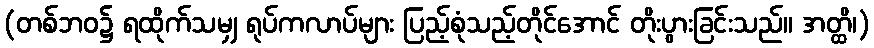
(တစ်ဘဝ၌ ရထိုက်သမျှ ရုပ်ကလာပ်များ ပြည့်စုံသည့်တိုင်အောင် တိုးပွားခြင်းသည်။ အတ္ထိ၊)